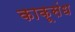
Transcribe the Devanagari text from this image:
काकूसंध